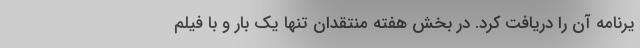
یرنامه آن را دریافت کرد. در بخش هفته منتقدان تنها یک بار و با فیلم